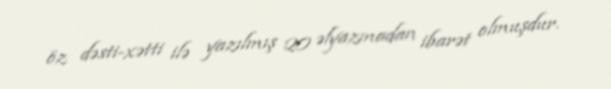
öz dəsti-xətti ilə yazılmış 20 əlyazmadan ibarət olmuşdur.